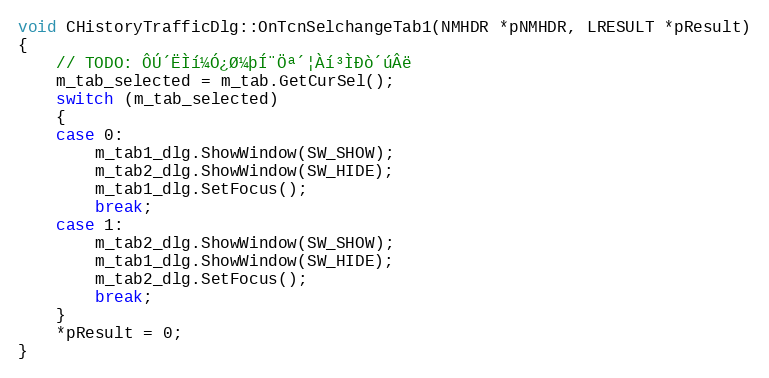
Language: C++
void CHistoryTrafficDlg::OnTcnSelchangeTab1(NMHDR *pNMHDR, LRESULT *pResult)
{
	// TODO: ÔÚ´ËÌí¼Ó¿Ø¼þÍ¨Öª´¦Àí³ÌÐò´úÂë
	m_tab_selected = m_tab.GetCurSel();
	switch (m_tab_selected)
	{
	case 0:
		m_tab1_dlg.ShowWindow(SW_SHOW);
		m_tab2_dlg.ShowWindow(SW_HIDE);
		m_tab1_dlg.SetFocus();
		break;
	case 1:
		m_tab2_dlg.ShowWindow(SW_SHOW);
		m_tab1_dlg.ShowWindow(SW_HIDE);
		m_tab2_dlg.SetFocus();
		break;
	}
	*pResult = 0;
}